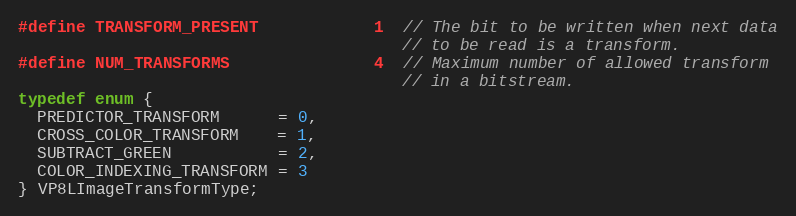
Language: C
#define TRANSFORM_PRESENT            1  // The bit to be written when next data
                                        // to be read is a transform.
#define NUM_TRANSFORMS               4  // Maximum number of allowed transform
                                        // in a bitstream.
typedef enum {
  PREDICTOR_TRANSFORM      = 0,
  CROSS_COLOR_TRANSFORM    = 1,
  SUBTRACT_GREEN           = 2,
  COLOR_INDEXING_TRANSFORM = 3
} VP8LImageTransformType;